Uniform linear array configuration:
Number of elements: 12
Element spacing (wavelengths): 0.25
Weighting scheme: blackman
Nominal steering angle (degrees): -45
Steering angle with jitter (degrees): -46.312
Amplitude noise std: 0.05
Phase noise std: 0.05

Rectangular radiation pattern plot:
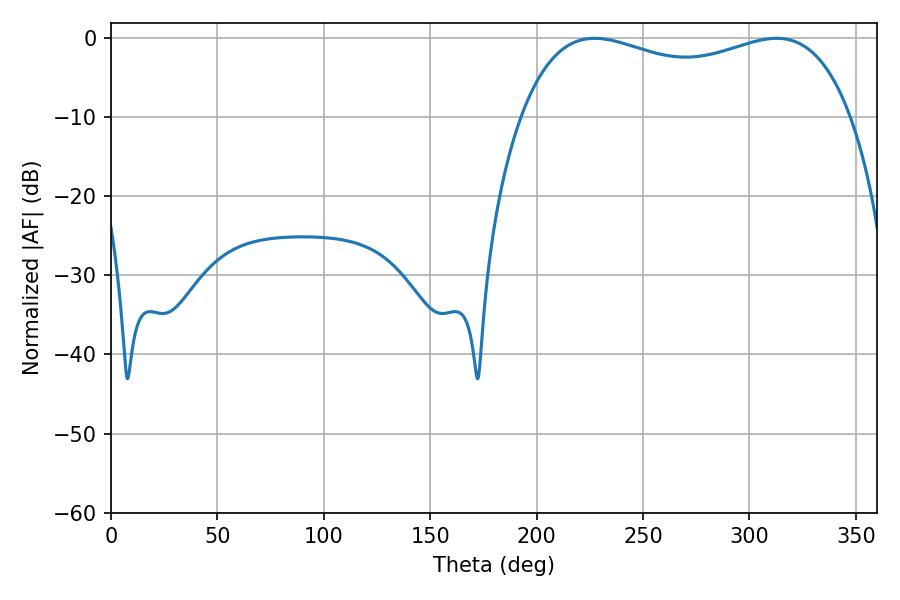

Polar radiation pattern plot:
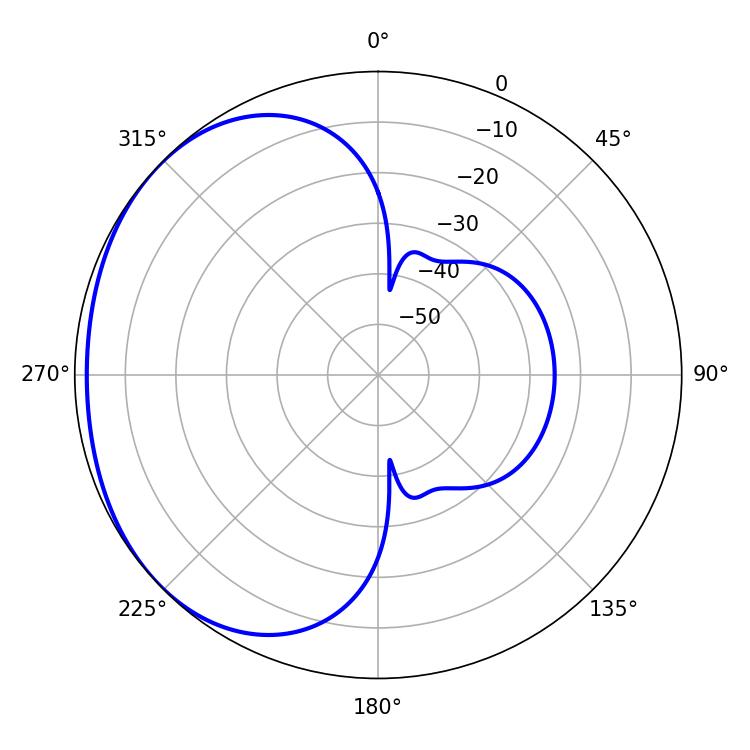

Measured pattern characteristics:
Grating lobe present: FALSE
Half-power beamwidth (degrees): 127.44
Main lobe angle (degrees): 227.16